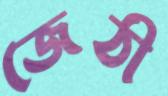
জেঠী